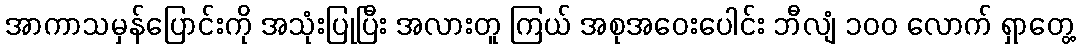
အာကာသမှန်ပြောင်းကို အသုံးပြုပြီး အလားတူ ကြယ် အစုအဝေးပေါင်း ဘီလျံ ၁၀၀ လောက် ရှာတွေ့